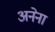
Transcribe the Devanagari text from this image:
अनेना